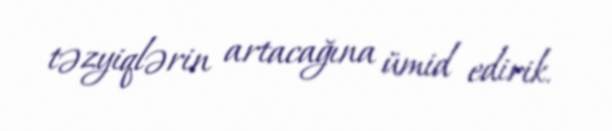
təzyiqlərin artacağına ümid edirik.